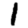
Digit: 1